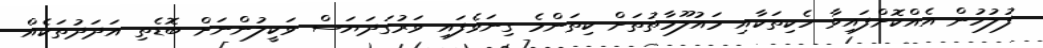
ފުލުހުން އެއްކޮށްފައިވާ ހެކިތަކާއި މައުލޫމާތުތަށް ކިތަންމެ ގިނަވެފައި ވަރުގަދަޔަސް ވަކީލުންނަށް ބޮޑެތި އަދަދުތަކެއް